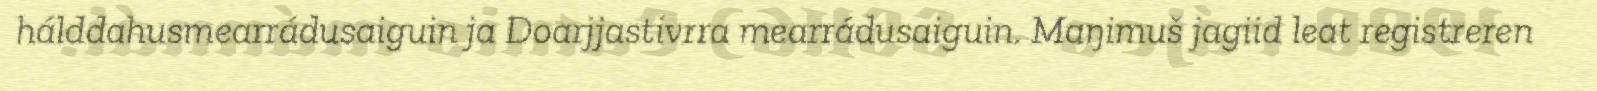
hálddahusmearrádusaiguin ja Doarjjastivrra mearrádusaiguin. Maŋimuš jagiid leat registreren